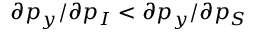
\partial p _ { y } / \partial p _ { I } < \partial p _ { y } / \partial p _ { S }